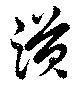
謨